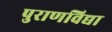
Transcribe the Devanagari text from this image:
पुराणविद्या